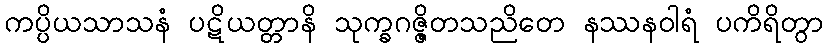
ကပ္ပိယသာသနံ ပဋိယတ္တာနိ သုက္ခဂဇ္ဇိတသညိတေ နဿနဝါရံ ပကိရိတွာ